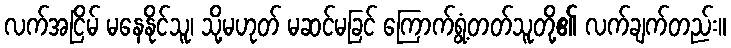
လက်အငြိမ် မနေနိုင်သူ၊ သို့မဟုတ် မဆင်မခြင် ကြောက်ရွံ့တတ်သူတို့၏ လက်ချက်တည်း။